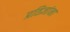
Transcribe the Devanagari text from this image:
प्रतिज्ञांना